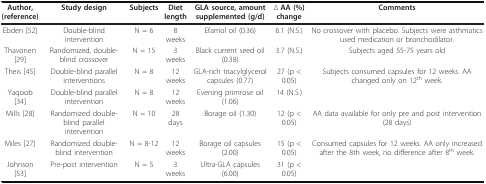
| Author, (reference) | Study design | Subjects | Diet length | GLA source, amount supplemented (g/d) | Δ AA (%) change | Comments |
 | --- | --- | --- | --- | --- | --- | --- |
 | Ebden [52] | Double-blind intervention | N = 6 | 8 weeks | Efamol oil (0.36) | 6.1 (N.S.) | No crossover with placebo. Subjects were asthmatics used medication or bronchodilator. |
 | Thavonen [29] | Randomized, double-blind crossover | N = 15 | 3 weeks | Black current seed oil (0.38) | 3.7 (N.S.) | Subjects aged 55-75 years old |
 | Theis [45] | Double-blind parallel interventions | N = 8 | 12 weeks | GLA-rich triacylglycerol capsules (0.77) | 27 (p < 0.05) | Subjects consumed capsules for 12 weeks. AA changed only on 12th week. |
 | Yaqoob [34] | Double-blind parallel intervention | N = 8 | 12 weeks | Evening primrose oil (1.06) | 14 (N.S.) |  |
 | Mills [28] | Randomized double-blind parallel intervention | N = 10 | 28 days | Borage oil (1.30) | 12 (p < 0.05) | AA data available for only pre and post intervention (28 days) |
 | Miles [27] | Randomized double-blind intervention | N = 8-12 | 12 weeks | Borage oil capsules (2.00) | 15 (p < 0.05) | Consumed capsules for 12 weeks. AA only increased after the 8th week, no difference after 8th week. |
 | Johnson [53] | Pre-post intervention | N = 5 | 3 weeks | Ultra-GLA capsules (6.00) | 31 (p < 0.05) |  |